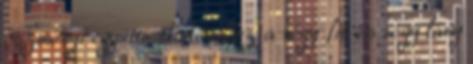
eszményi együttműködése, ez a négy fiú és négy lány